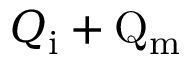
Q \mathrm { _ i + Q \mathrm { _ m } }